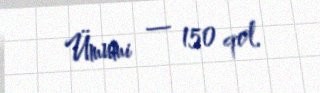
Ümumi — 150 qol.